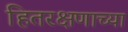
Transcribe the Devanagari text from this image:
हितरक्षणाच्या